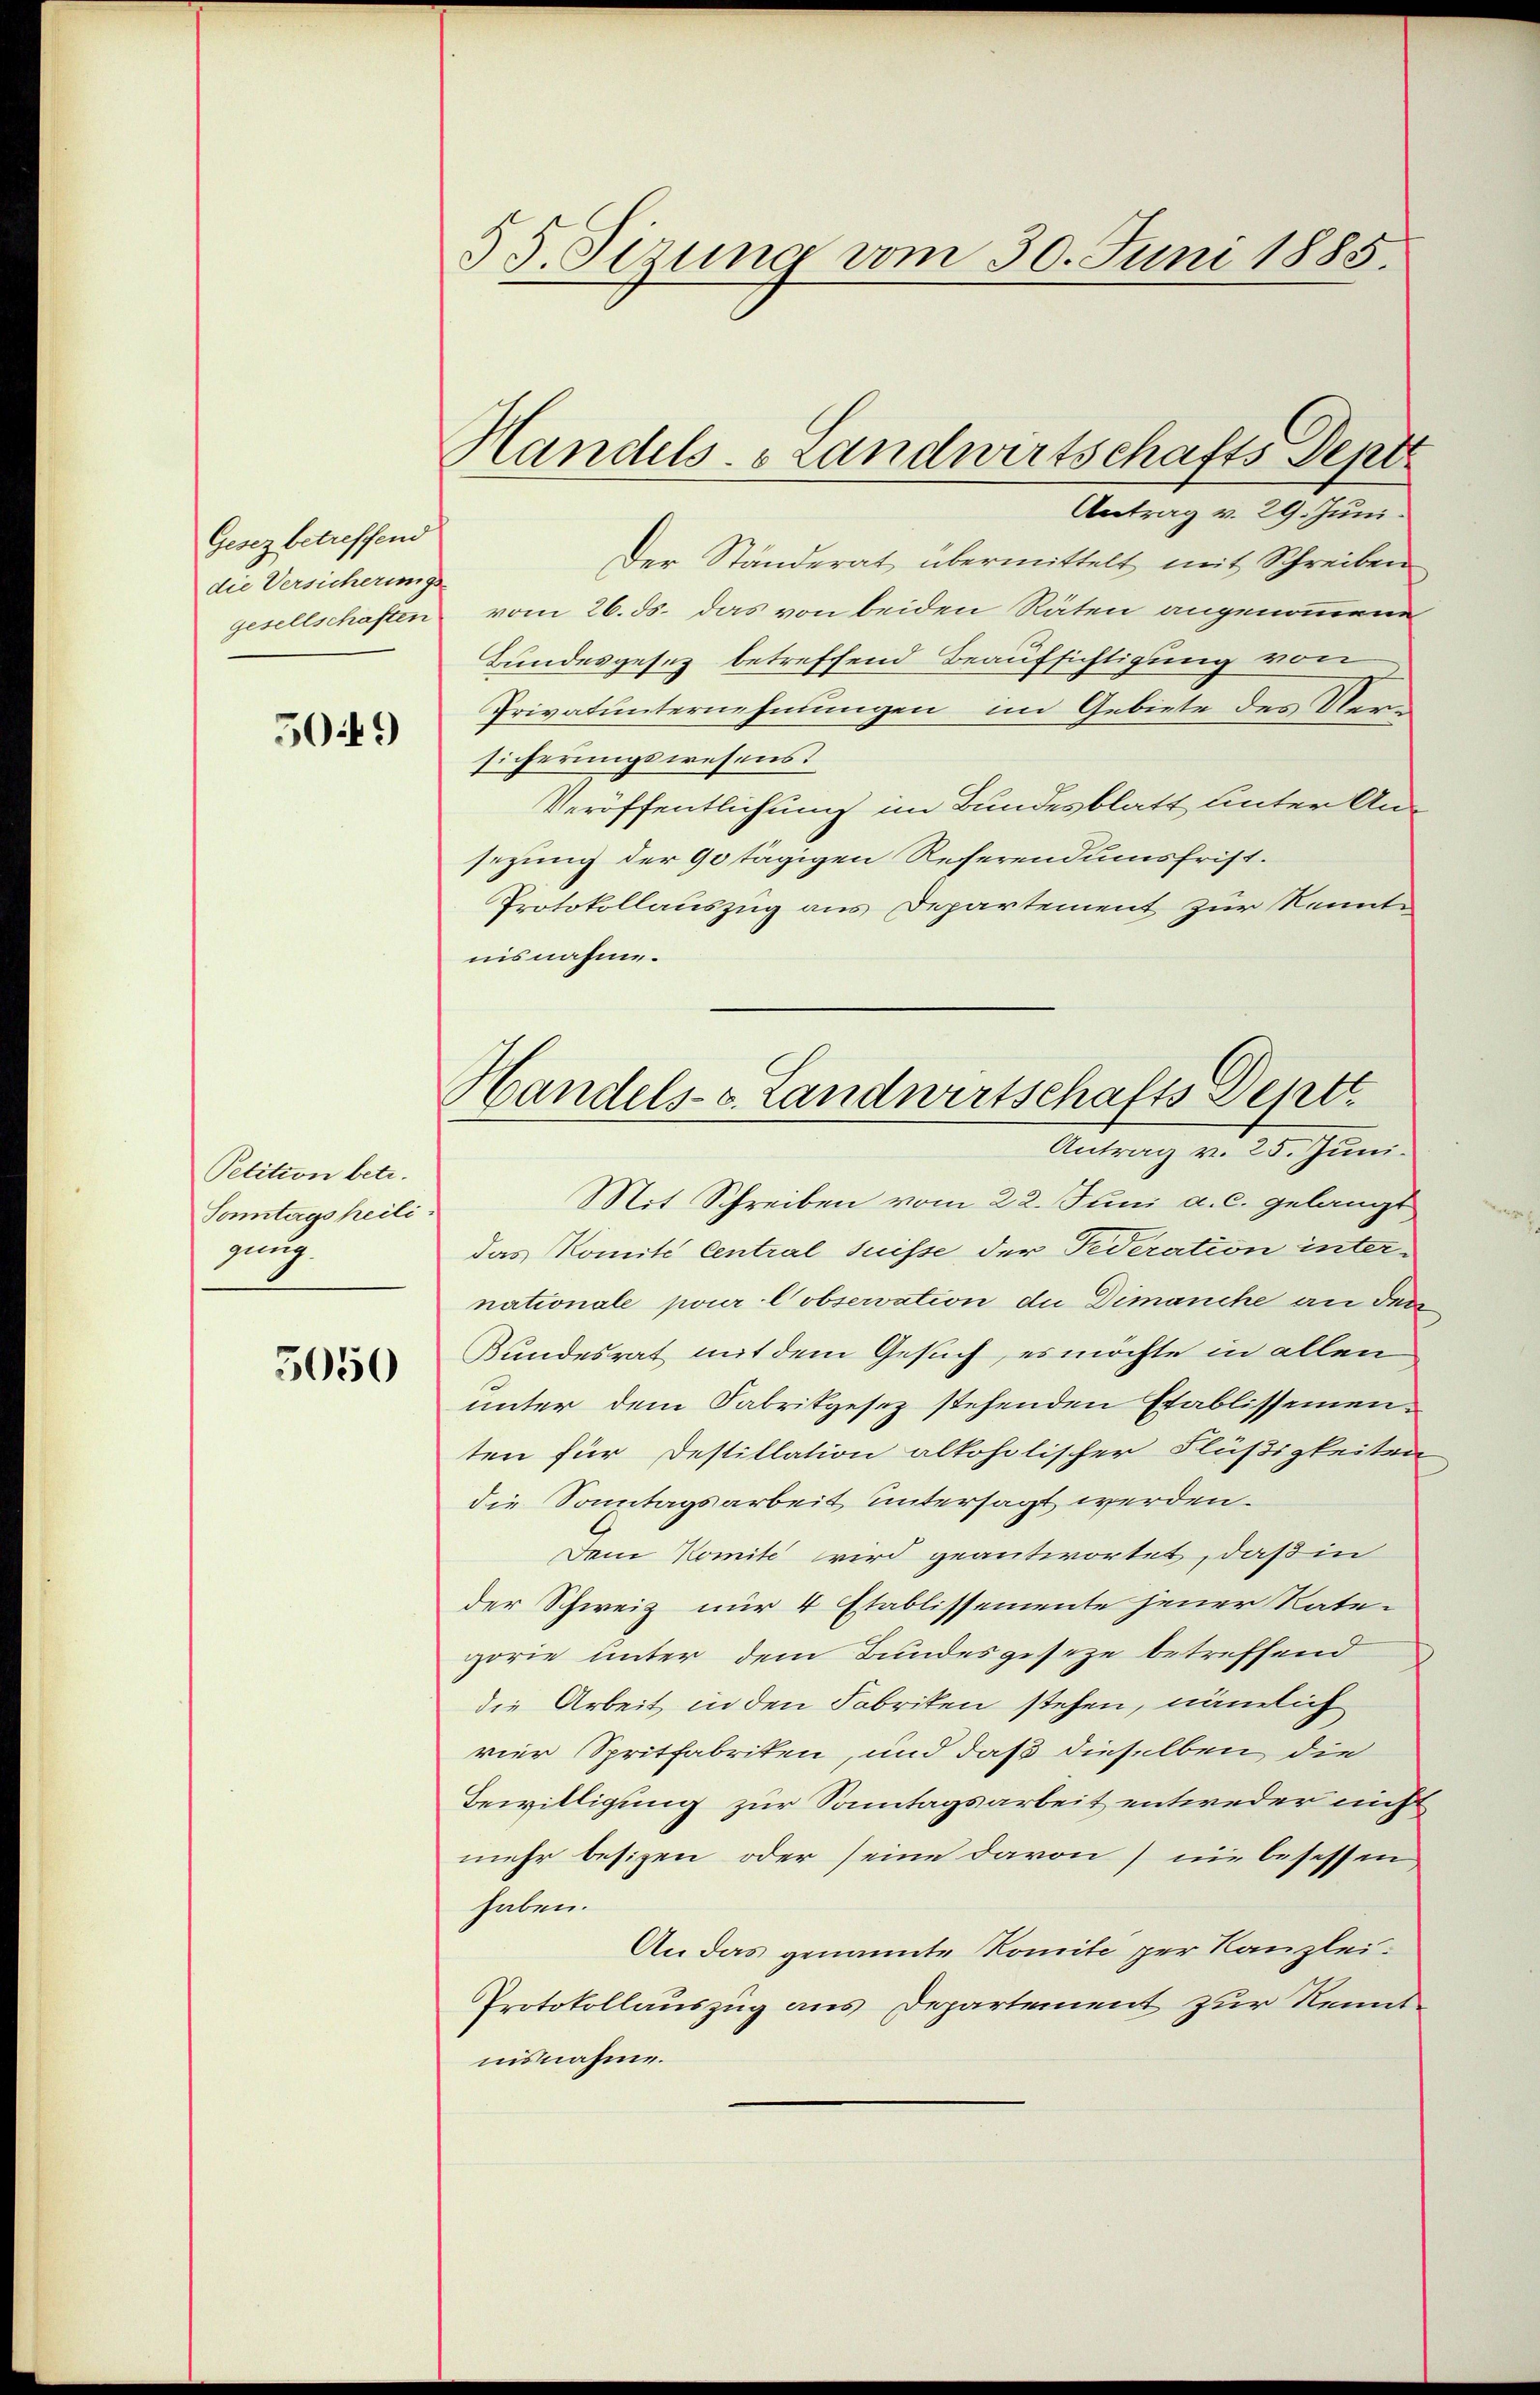
Gesez betreffend
die Versicherungs

5049)

Petition betr.
Sonntagsheili
gung

5050

Der Ständerat übermittelt mit Schreiben
gesellschaften vom 26. ds. das von beiden Räten angenommene
Bundesgesez betreffend Beaufsichtigung von
Privatunternehmungen im Gebiete des Versicherungswesens
Veröffentlichung im Bundesblatt unter Ansezung der 90 tägigen Referendumsfrist.
Protokollauszug aus Departement zur Kenntnisnahme.
Mit Schreiben vom 22. Juni a. c. gelangt
das Komité Central Suisse der Federation internationale pour lobservation die Dimanche an den
Bundesrat mit dem Gesuch, es möchte in allen
unter dem Fabrikgesez stehenden Etablissementen für Destillation alkoholischer Flüßigkeiten
die Sonntagsarbeit untersagt werden.
Dem Komite wird geantwortet, daß in
der Schweiz nur 4 Etablissemente jener Rate-
gorie unter dem Bundesgeseze betreffend
die Arbeit in den Fabriken stehen, nämlich
vier Spritfabriken, und daß dieselben die
Bewilligung zur Sonntagsarbeit entweder nicht
mehr besizen, oder seine davon nie besessen
haben.
An das genannte Komite per Kanzlei-
Protokollauszug aus Departement zur Kenntnisnahme.

§ 5. Sizung vom 30. Juni 1885.

Handels- Landwirtschafts Dept
Antrag v. 29. Juni.

Handels-C. Landwirtschafts Deptt
Antrag v. 25. Juni.